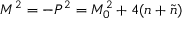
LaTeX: M ^ { 2 } = - P ^ { 2 } = M _ { 0 } ^ { 2 } + 4 ( n + \tilde { n } )